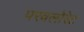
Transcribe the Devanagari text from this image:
परवलोरेट